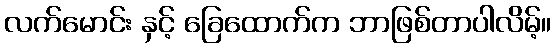
လက်မောင်း နှင့် ခြေထောက်က ဘာဖြစ်တာပါလိမ့်။